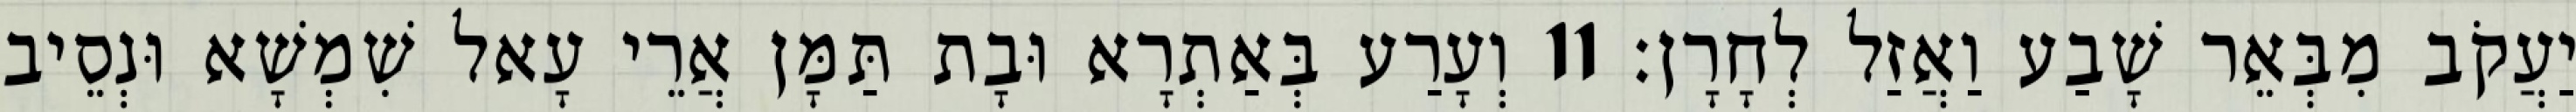
יַעֲקֹב מִבְּאֵר שָׁבַע וַאֲזַל לְחָרָן׃ 11 וְעָרַע בְּאַתְרָא וּבָת תַּמָּן אֲרֵי עָאל שִׁמְשָׁא וּנְסֵיב